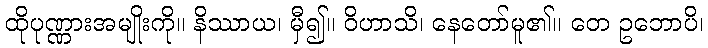
ထိုပုဏ္ဏားအမျိုးကို။ နိဿာယ၊ မှီ၍။ ဝိဟာသိ၊ နေတော်မူ၏။ တေ ဥဘောပိ၊